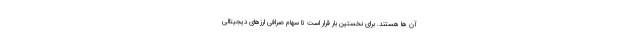
آن ها هستند. برای نخستین بار قرار است تا سهام صرافی ارزهای دیجیتالی